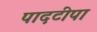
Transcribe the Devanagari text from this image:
पादटीपा